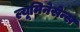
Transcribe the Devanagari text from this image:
ल्यूमिनेसेन्स